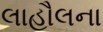
લાહૌલના